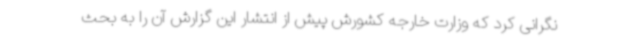
نگرانی کرد که وزارت خارجه کشورش پیش از انتشار این گزارش آن را به بحث